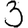
Digit: 3